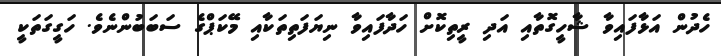
ހެދުން އަޅާފައިވާ ޝާހީގޮތާއި އަދި ރީތިކޮށް ހަދާފައިވާ ނިޔަފަތިތަކާއި މޭކަޕްގެ ސަބަބުންނެވެ. ހަގީގަތަކީ